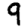
Digit: 9